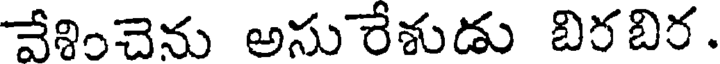
వేశించెను అసురేశుడు బిరబిర.